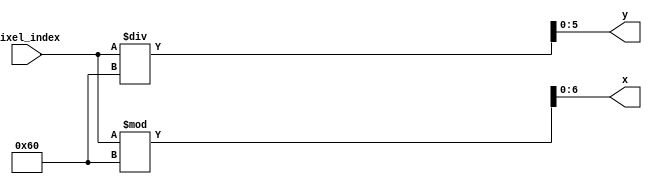
`timescale 1ns / 1ps
/*
    96x64 = 6144 = 0b1100000000000 (13 bits)
*/

module convertxy(input [12:0] pixel_index, output [6:0] x, output [5:0] y);
// TODO
//    assign x = 95 - (pixel_index%96); // flip the x and y values around to suit the oled display
//    assign  y  = 95 - (pixel_index/96);
    assign x = pixel_index % 96;
    assign y = pixel_index / 96;
endmodule